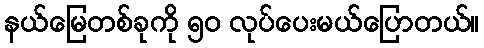
နယ်မြေတစ်ခုကို ၅၀ လုပ်ပေးမယ်ပြောတယ်။